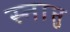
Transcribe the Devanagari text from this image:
स्नाप्तु